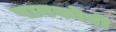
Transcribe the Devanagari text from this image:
पानकोबी